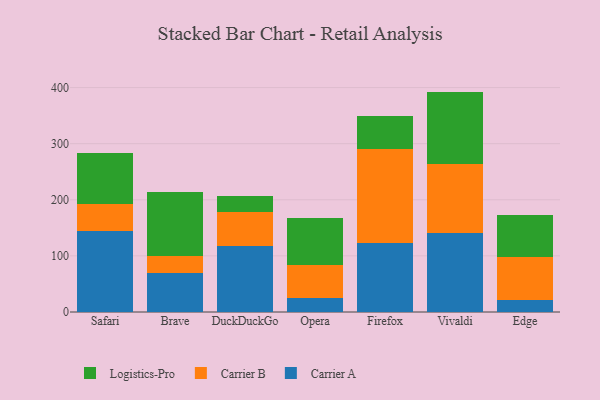
{"axis": {"x": "Browser", "y": "Temperature (°C)"}, "legend": ["Carrier A", "Carrier B", "Logistics-Pro"], "data": [{"x": "Safari", "y": 144.8, "type": "Carrier A"}, {"x": "Safari", "y": 48.3, "type": "Carrier B"}, {"x": "Safari", "y": 90.6, "type": "Logistics-Pro"}, {"x": "Brave", "y": 68.9, "type": "Carrier A"}, {"x": "Brave", "y": 30.4, "type": "Carrier B"}, {"x": "Brave", "y": 115.0, "type": "Logistics-Pro"}, {"x": "DuckDuckGo", "y": 118.3, "type": "Carrier A"}, {"x": "DuckDuckGo", "y": 60.3, "type": "Carrier B"}, {"x": "DuckDuckGo", "y": 28.4, "type": "Logistics-Pro"}, {"x": "Opera", "y": 24.8, "type": "Carrier A"}, {"x": "Opera", "y": 58.4, "type": "Carrier B"}, {"x": "Opera", "y": 84.6, "type": "Logistics-Pro"}, {"x": "Firefox", "y": 123.5, "type": "Carrier A"}, {"x": "Firefox", "y": 166.2, "type": "Carrier B"}, {"x": "Firefox", "y": 60.2, "type": "Logistics-Pro"}, {"x": "Vivaldi", "y": 140.3, "type": "Carrier A"}, {"x": "Vivaldi", "y": 124.1, "type": "Carrier B"}, {"x": "Vivaldi", "y": 128.4, "type": "Logistics-Pro"}, {"x": "Edge", "y": 21.1, "type": "Carrier A"}, {"x": "Edge", "y": 77.6, "type": "Carrier B"}, {"x": "Edge", "y": 73.6, "type": "Logistics-Pro"}]}